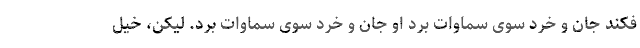
فکند جان و خرد سوی سماوات برد او جان و خرد سوی سماوات برد. لیکن، خیل